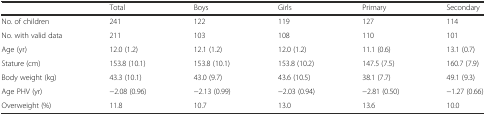
<table><thead><tr><td></td><td><b>Total</b></td><td><b>Boys</b></td><td><b>Girls</b></td><td><b>Primary</b></td><td><b>Secondary</b></td></tr></thead><tbody><tr><td>No. of children</td><td>241</td><td>122</td><td>119</td><td>127</td><td>114</td></tr><tr><td>No. with valid data</td><td>211</td><td>103</td><td>108</td><td>110</td><td>101</td></tr><tr><td>Age (yr)</td><td>12.0 (1.2)</td><td>12.1 (1.2)</td><td>12.0 (1.2)</td><td>11.1 (0.6)</td><td>13.1 (0.7)</td></tr><tr><td>Stature (cm)</td><td>153.8 (10.1)</td><td>153.8 (10.1)</td><td>153.8 (10.2)</td><td>147.5 (7.5)</td><td>160.7 (7.9)</td></tr><tr><td>Body weight (kg)</td><td>43.3 (10.1)</td><td>43.0 (9.7)</td><td>43.6 (10.5)</td><td>38.1 (7.7)</td><td>49.1 (9.3)</td></tr><tr><td>Age PHV (yr)</td><td>−2.08 (0.96)</td><td>−2.13 (0.99)</td><td>−2.03 (0.94)</td><td>−2.81 (0.50)</td><td>−1.27 (0.66)</td></tr><tr><td>Overweight (%)</td><td>11.8</td><td>10.7</td><td>13.0</td><td>13.6</td><td>10.0</td></tr></tbody></table>